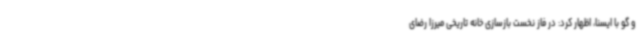
و گو با ایسنا، اظهار کرد: در فاز نخست بازسازی خانه تاریخی میرزا رضای